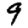
Digit: 9